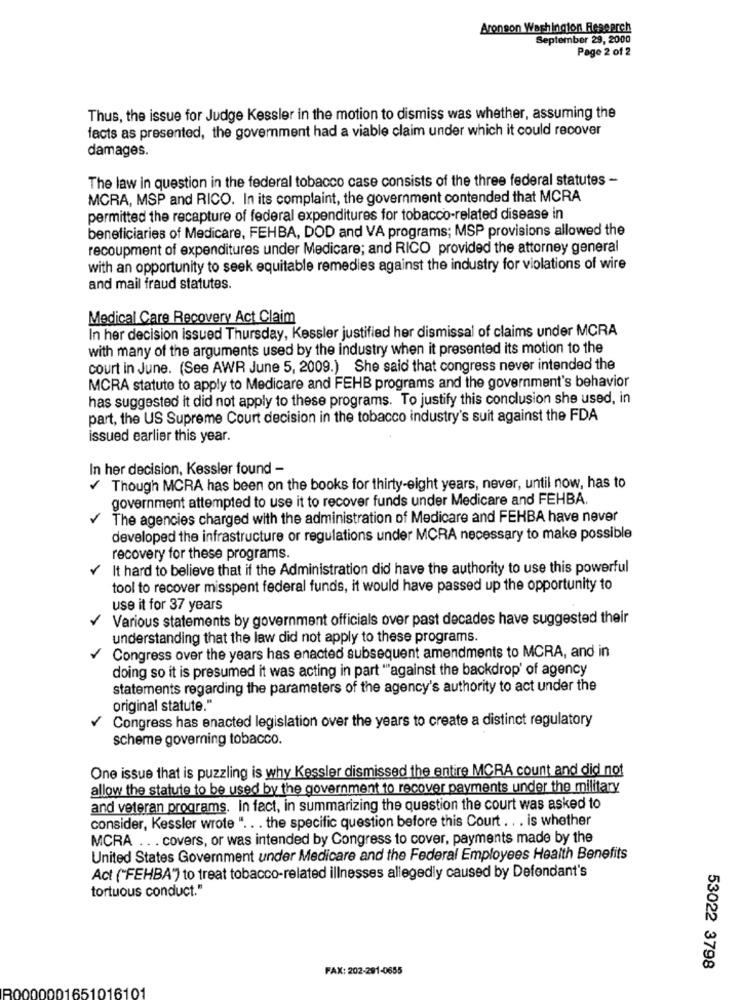
Aronson Washington Research
September 29, 2000
Page 2 of 2
Thus, the issue for Judge Kessler in the motion to dismiss was whether, assuming the
facts as presented, the government had a viable claim under which it could recover
damages.
The law in question in the federal tobacco case consists of the three federal statutes -
MCRA, MSP and RICO. In its complaint, the government contended that MCRA
permitted the recapture of federal expenditures for tobacco-related disease in
beneficiaries of Medicare, FEHBA, DOD and VA programs; MSP provisions allowed the
recoupment of expenditures under Medicare; and RICO provided the attorney general
with an opportunity to seek equitable remedies against the industry for violations of wire
and mail fraud statutes.
Medical Care Recovery Act Claim
In her decision issued Thursday, Kessler justified her dismissal of claims under MCRA
with many of the arguments used by the industry when it presented its motion to the
court in June. (See AWR June 5, 2009.) She said that congress never intended the
MCRA statute to apply to Medicare and FEHB programs and the government's behavior
has suggested it did not apply to these programs. To justify this conclusion she used, in
part, the US Supreme Court decision in the tobacco industry's suit against the FDA
issued earlier this year.
In her decision, Kessler found -
Though MCRA has been on the books for thirty-eight years, never, until now, has to
government attempted to use it to recover funds under Medicare and FEHBA.
The agencies charged with the administration of Medicare and FEHBA have never
developed the infrastructure or regulations under MCRA necessary to make possible
recovery for these programs.
It hard to believe that if the Administration did have the authority to use this powerful
tool to recover misspent federal funds, it would have passed up the opportunity to
use it for 37 years
Various statements by government officials over past decades have suggested their
understanding that the law did not apply to these programs.
Congress over the years has enacted subsequent amendments to MCRA, and in
doing so it is presumed it was acting in part ""against the backdrop' of agency
statements regarding the parameters of the agency's authority to act under the
original statute."
r
Congress has enacted legislation over the years to create a distinct regulatory
scheme governing tobacco.
One issue that is puzzling is why Kessler dismissed the entire MCRA count and did not
allow the statute to be used by the government to recover payments under the military
and veteran programs. In fact, in summarizing the question the court was asked to
consider, Kessler wrote " .. . the specific question before this Court .. . is whether
MCRA .. . covers, or was intended by Congress to cover, payments made by the
United States Government under Medicare and the Federal Employees Health Benefits
Act ("FEHBA") to treat tobacco-related illnesses allegedly caused by Defendant's
tortuous conduct."
FAX: 202-291-0655
53022 3798
R0000001651016101